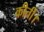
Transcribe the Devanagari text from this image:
कीर्ती।